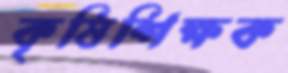
কৃষিশিক্ষক